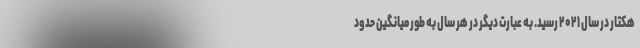
هکتار در سال ۲۰۲۱ رسید. به عبارت دیگر در هر سال به طور میانگین حدود